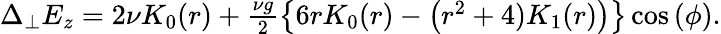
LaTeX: \begin{array}{r}{\Delta_{\perp}E_{z}=2\nu K_{0}(r)+\frac{\nu g}{2}\left\{ 6rK_{0}(r)-\left(r^{2}+4)K_{1}(r)\right)\right\} \cos\left(\phi\right).}\end{array}